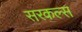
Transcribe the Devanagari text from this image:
सरकल्स